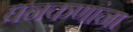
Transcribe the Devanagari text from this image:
घनकणांना